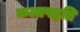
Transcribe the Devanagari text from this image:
कलापद्धति